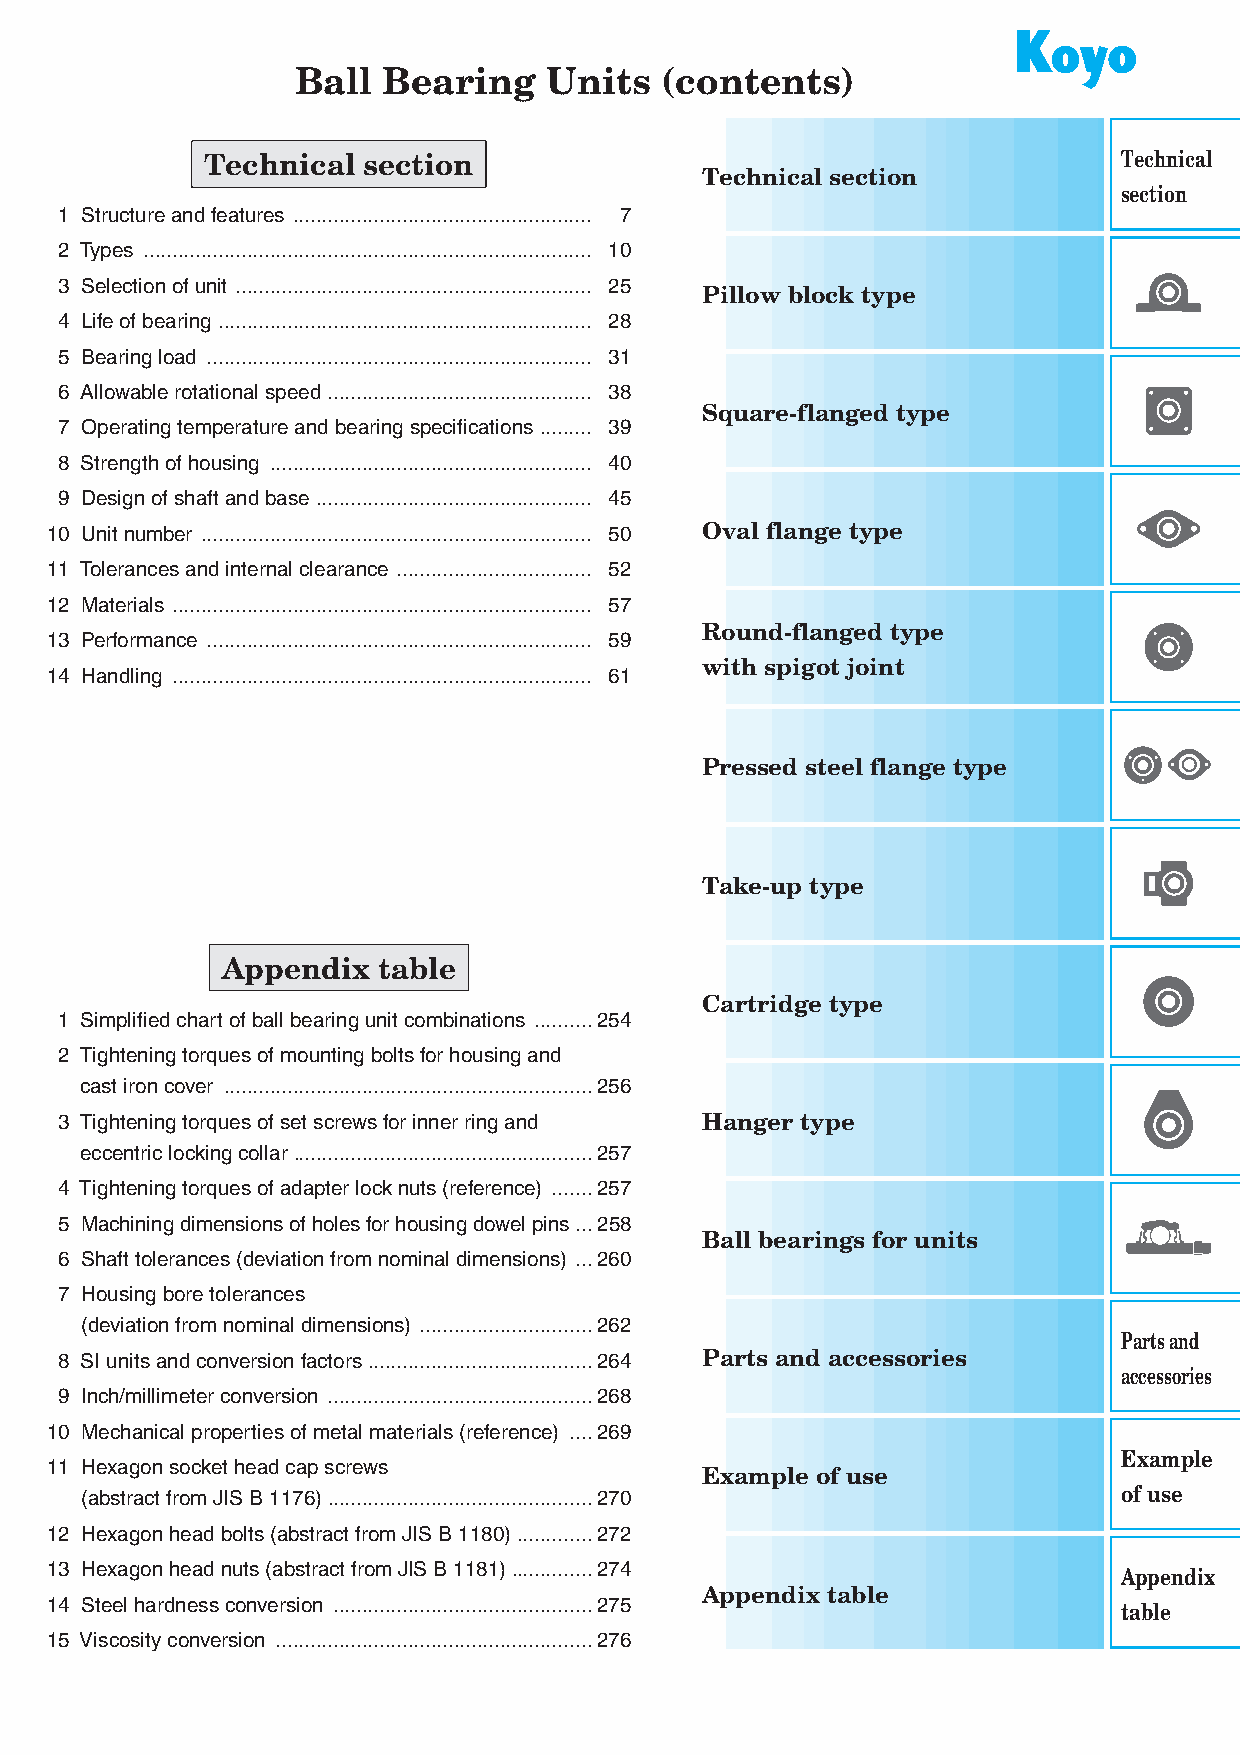
Ball  Bearing   Units   (contents)
 Technical section                                           Technical
 Technical section
 section
 1 Structure and features .................................................... 7
 2 Types .............................................................................. 10
 3 Selection of unit .............................................................. 25
 Pillow block type
 4 Life of bearing ................................................................. 28
 5 Bearing load ................................................................... 31
 6 Allowable rotational speed .............................................. 38
 Square-flanged type
 7 Operating temperature and bearing specifications ......... 39
 8 Strength of housing ........................................................ 40
 9 Design of shaft and base ................................................ 45
 10 Unit number .................................................................... 50 Oval flange type
 11 Tolerances and internal clearance .................................. 52
 12 Materials ......................................................................... 57
 Round-flanged type
 13 Performance ................................................................... 59
 with spigot joint
 14 Handling ......................................................................... 61
 Pressed steel flange type
 Take-up type
 Appendix  table
 Cartridge type
 1 Simplified chart of ball bearing unit combinations ..........254
 2 T ightening torques of mounting bolts for housing and
 cast iron cover ................................................................256
 3 T ightening torques of set screws for inner ring and Hanger type
 eccentric locking collar ....................................................257
 4 Tightening torques of adapter lock nuts (reference) .......257
 5 Machining dimensions of holes for housing dowel pins ...258
 Ball bearings for units
 6 Shaft tolerances (deviation from nominal dimensions) ...260
 7 H ousing bore tolerances
 (deviation from nominal dimensions) ..............................262
 Parts and
 8 SI units and conversion factors .......................................264 Parts and accessories
 accessories
 9 Inch/millimeter conversion ..............................................268
 10 Mechanical properties of metal materials (reference) ....269
 Example
 11 H exagon socket head cap screws
 Example of use
 (abstract from JIS B 1176) ..............................................270 of use
 12 Hexagon head bolts (abstract from JIS B 1180) .............272
 13 Hexagon head nuts (abstract from JIS B 1181) ..............274      Appendix
 Appendix table
 14 Steel hardness conversion .............................................275 table
 15 Viscosity conversion .......................................................276